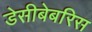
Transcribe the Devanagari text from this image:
डेसीबेबरिस